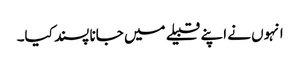
انہوں نے اپنے قبیلے میں جانا پسند کیا۔